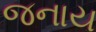
જનાય